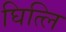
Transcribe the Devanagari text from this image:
घित्लि